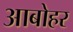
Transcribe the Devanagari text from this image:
आबोहर